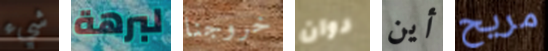
شيء لبرهة خروجنا دوان أين مريح